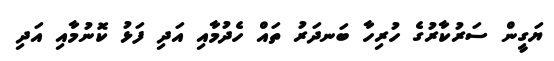
ޔަގީން ސަރުކާރުގެ ހުރިހާ ބަނދަރު ތައް ހެދުމާއި އަދި ފަޅު ކޮނުމާއި އަދި